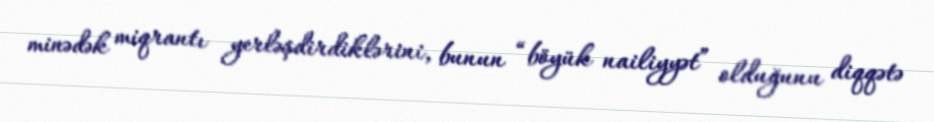
minədək miqrantı yerləşdirdiklərini, bunun “böyük nailiyyət” olduğunu diqqətə